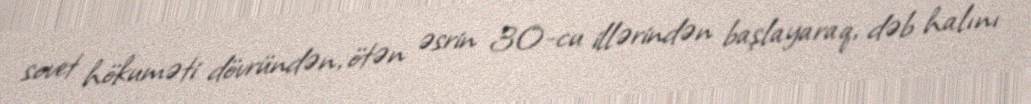
sovet hökuməti dövründən, ötən əsrin 30-cu illərindən başlayaraq, dəb halını